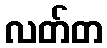
လတ်တ